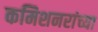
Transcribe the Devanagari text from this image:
कमिशनरांच्या